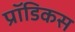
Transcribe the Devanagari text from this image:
प्रॉडिकस